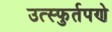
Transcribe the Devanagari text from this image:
उत्स्फुर्तपणे